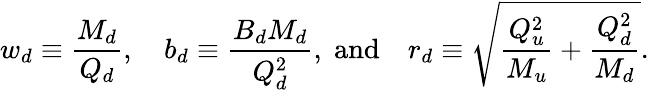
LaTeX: w_{d}\equiv\frac{M_{d}}{Q_{d}},\quad b_{d}\equiv\frac{B_{d}M_{d}}{Q_{d}^{2}},\; \textrm{and}\quad r_{d}\equiv\sqrt{\frac{Q_{u}^{2}}{M_{u}}+\frac{Q_{d}^{2}}{M_{d}}}.